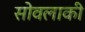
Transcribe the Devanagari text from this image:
सोवलाकी